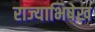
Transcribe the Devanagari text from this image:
राज्याभिषेख